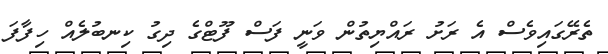
ތެރޭގައިވެސް އެ ރަށު ރައްޔިތުން ވަނީ ފަސް ފޫޓްގެ ދިގު ކިނބުލެއް ހިފާފަ